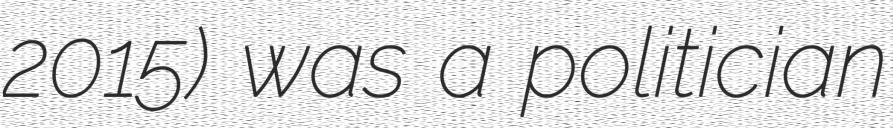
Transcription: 2015) was a politician